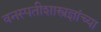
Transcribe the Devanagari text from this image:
वनस्पतीशास्त्रज्ञांच्या